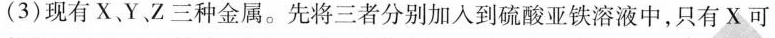
(3)现有X、Y Z三种金属。先将三者分别加入到硫酸亚铁溶液中，只有X可